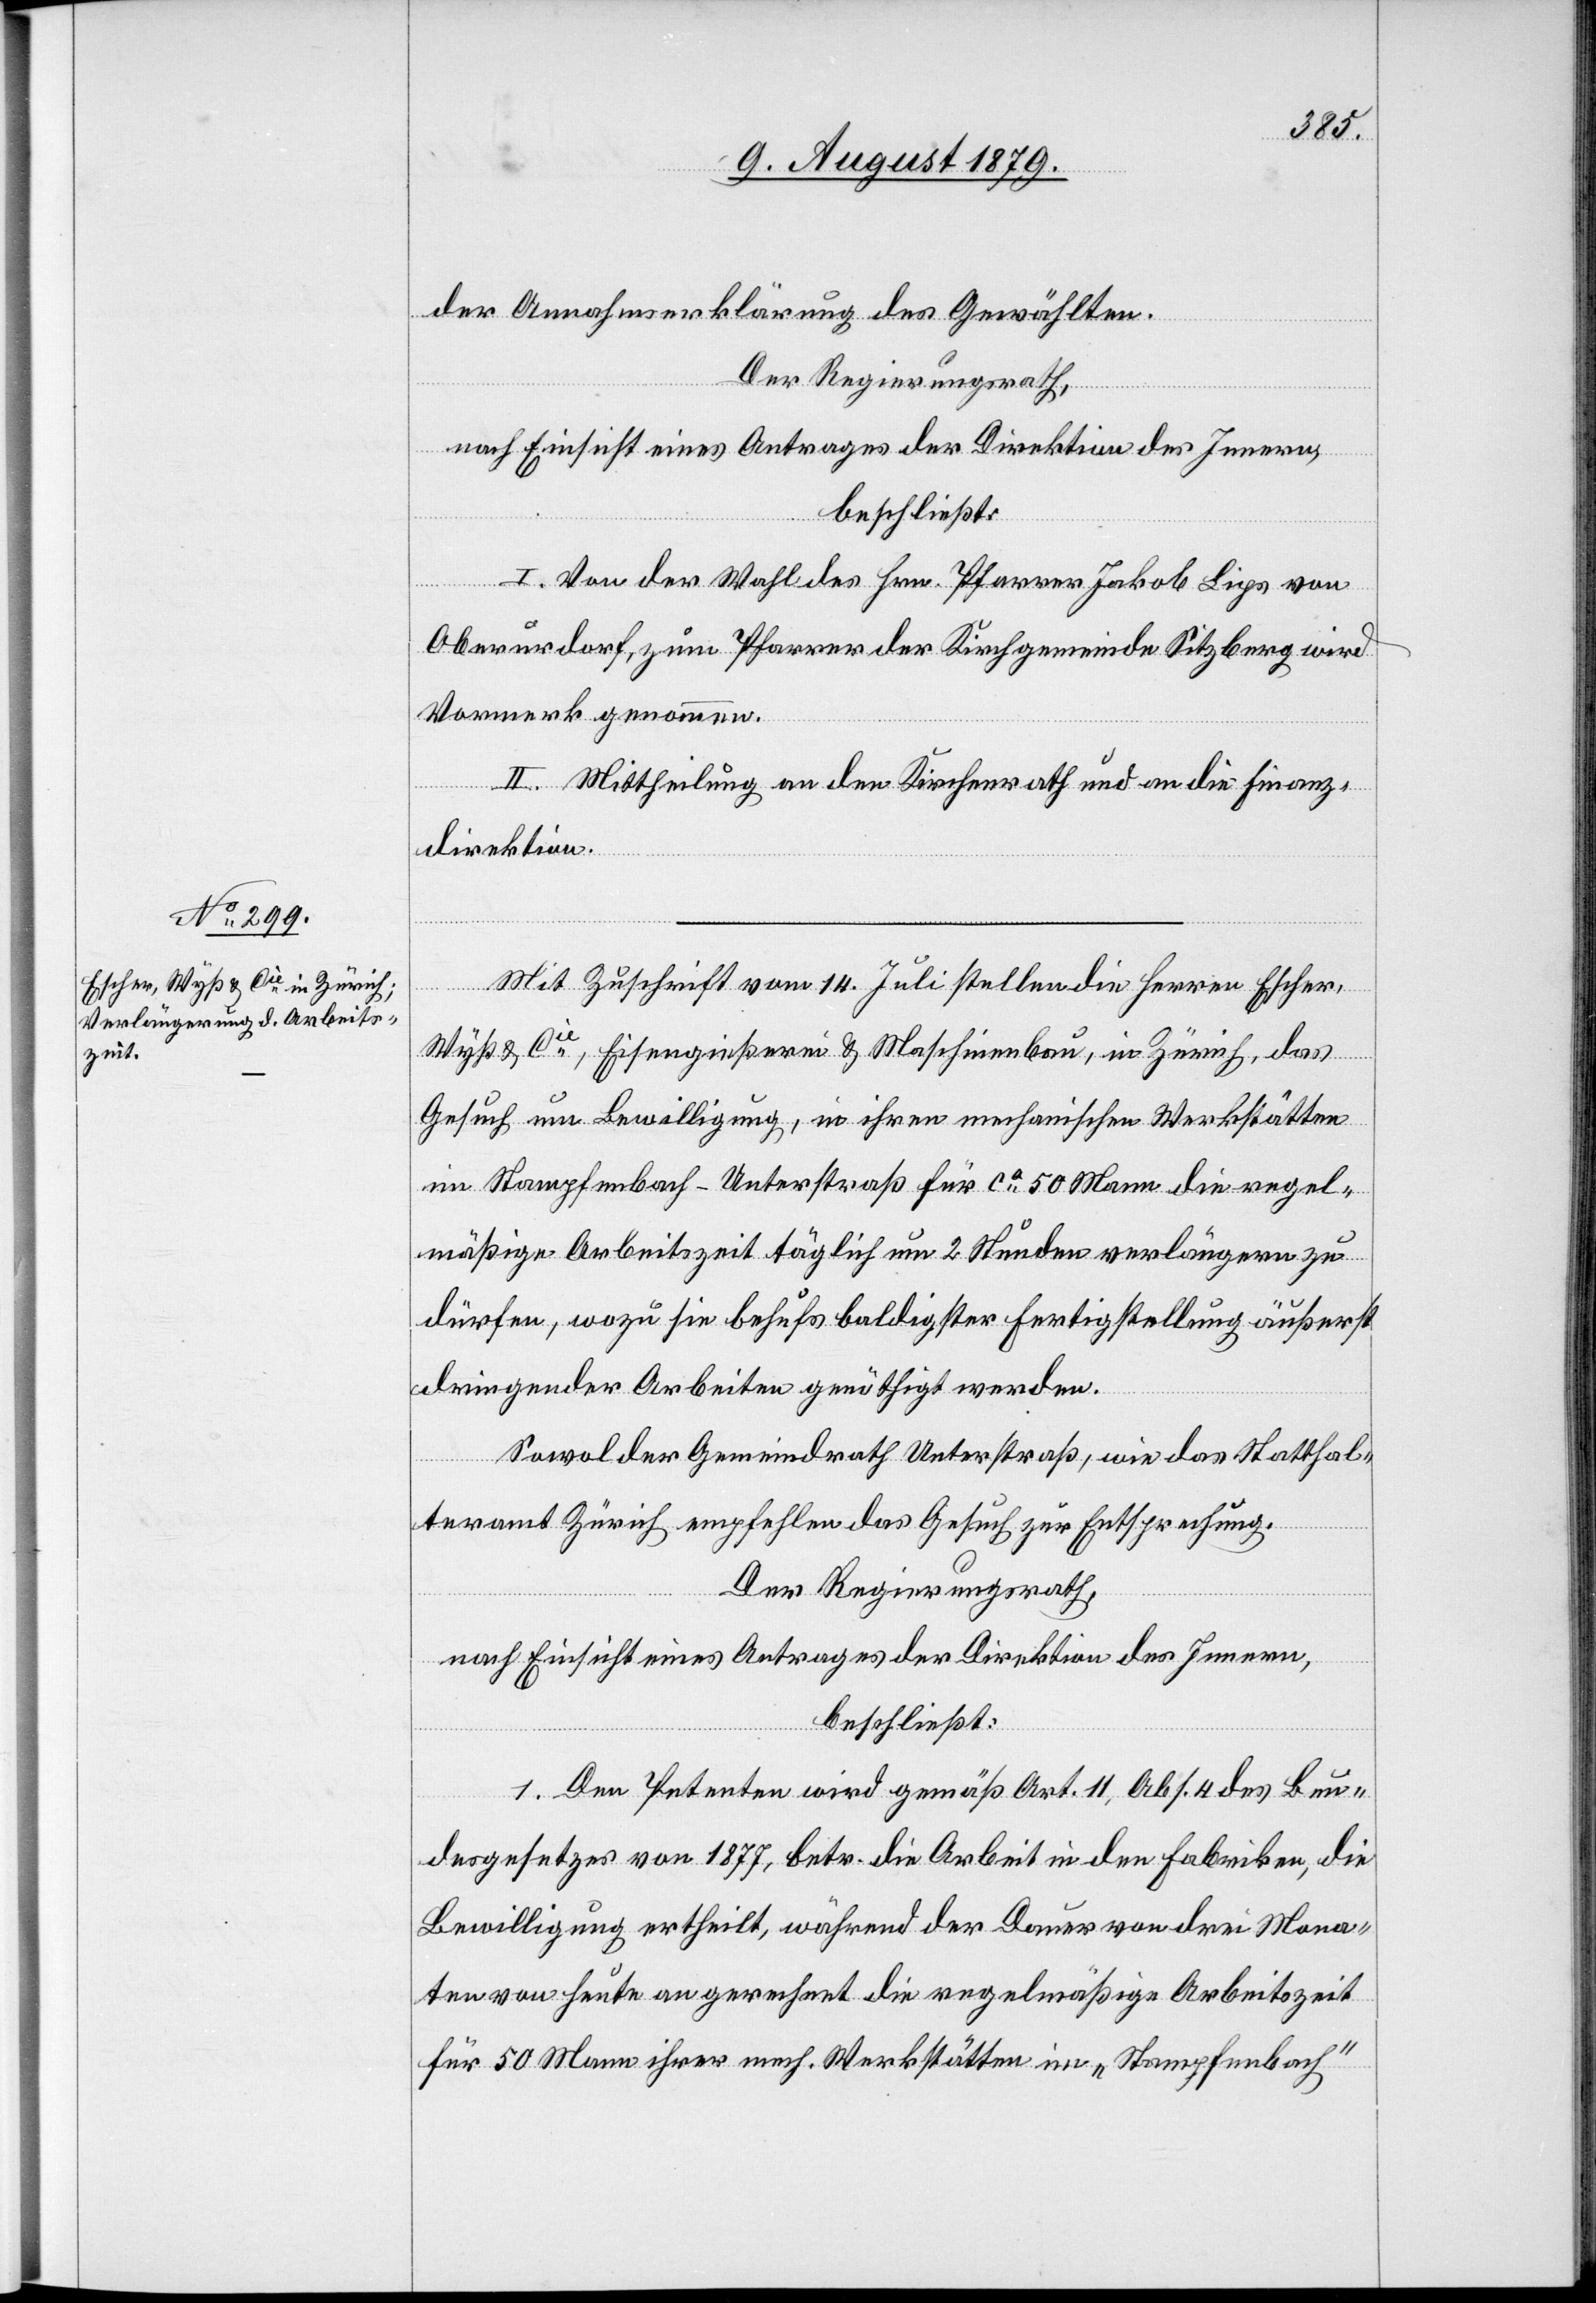
der Annahmserklärung des Gewählten.
Der Regierungsrath,
nach Einsicht eines Antrages der Direktion des Innern,
beschließt:
I. Von der Wahl des Hrn. Pfarrer Jakob Lips von
Oberurdorf, zum Pfarrer der Kirchgemeinde Sitzberg wird
Vormerk genommen.
II. Mittheilung an den Kirchenrath und an die Finanz¬
direktion.
Mit Zuschrift vom 14. Juli stellen die Herren Escher,
Wyß & Cie, Eisengießerei & Maschinenbau, in Zürich, das
Gesuch um Bewilligung, in ihren mechanischen Werkstätten
im Stampfenbach - Unterstraß für ca 50 Mann die regel¬
mäßige Arbeitszeit täglich um 2 Stunden verlängern zu
dürfen, wozu sie behufs baldigster Fertigstellung äußerst
dringender Arbeiten genöthigt werden.
Sowol der Gemeindrath Unterstraß, wie das Statthal¬
teramt Zürich empfehlen das Gesuch zur Entsprechung.
Der Regierungsrath,
nach Einsicht eines Antrages der Direktion des Innern,
beschließt:
1. Den Petenten wird gemäß Art. 11, Abs. 4 des Bun¬
desgesetzes von 1877, betr. die Arbeit in den Fabriken, die
Bewilligung ertheilt, während der Dauer von drei Mona¬
ten von heute an gerechnet die regelmäßige Arbeitszeit
für 50 Mann ihrer mech. Werkstätte im „Stampfenbach“